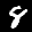
Label: 8